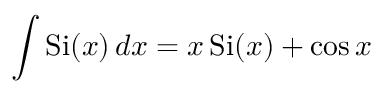
\int \operatorname { S i } ( x ) \, d x = x \operatorname { S i } ( x ) + \cos x